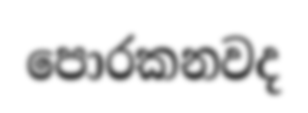
පොරකනවද